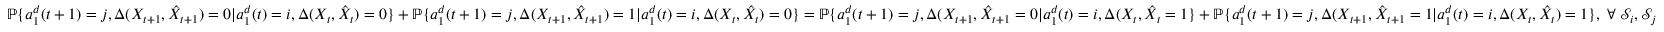
\mathbb { P } \{ a _ { 1 } ^ { d } ( t + 1 ) = j , \Delta ( X _ { t + 1 } , \hat { X } _ { t + 1 } ) = 0 | a _ { 1 } ^ { d } ( t ) = i , \Delta ( X _ { t } , \hat { X } _ { t } ) = 0 \} + \mathbb { P } \{ a _ { 1 } ^ { d } ( t + 1 ) = j , \Delta ( X _ { t + 1 } , \hat { X } _ { t + 1 } ) = 1 | a _ { 1 } ^ { d } ( t ) = i , \Delta ( X _ { t } , \hat { X } _ { t } ) = 0 \} = \mathbb { P } \{ a _ { 1 } ^ { d } ( t + 1 ) = j , \Delta ( X _ { t + 1 } , \hat { X } _ { t + 1 } = 0 | a _ { 1 } ^ { d } ( t ) = i , \Delta ( X _ { t } , \hat { X } _ { t } = 1 \} + \mathbb { P } \{ a _ { 1 } ^ { d } ( t + 1 ) = j , \Delta ( X _ { t + 1 } , \hat { X } _ { t + 1 } = 1 | a _ { 1 } ^ { d } ( t ) = i , \Delta ( X _ { t } , \hat { X } _ { t } ) = 1 \} , \; \forall \; \mathcal { S } _ { i } , \mathcal { S } _ { j }